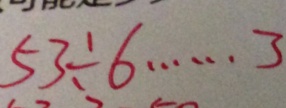
5 3 \div 6 \cdots 3